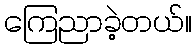
ကြေညာခဲ့တယ်။